Lunatic asylums Madras 1892-1911 - 1892-1911
Year: 1892
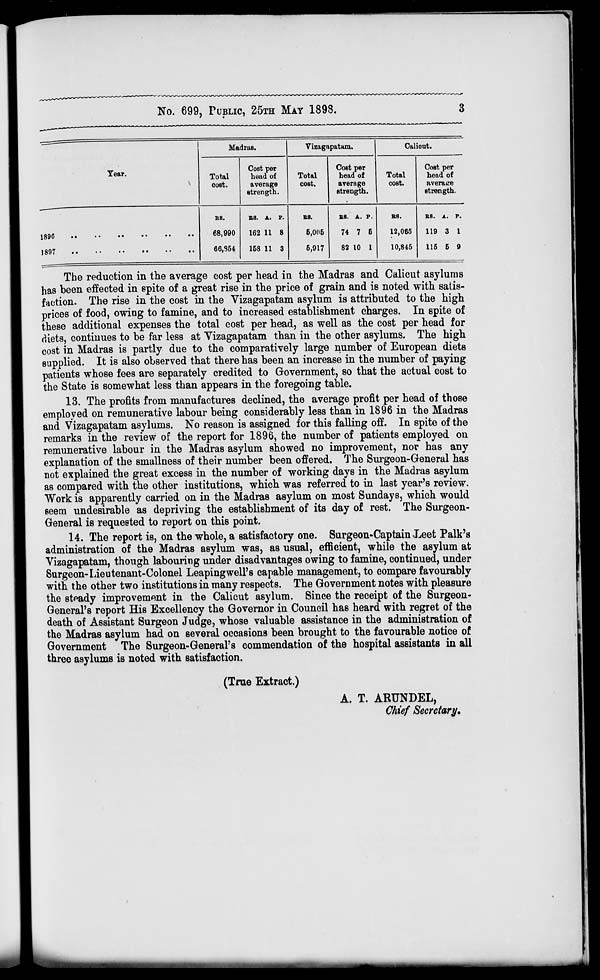
No. 699, PUBLIC, 25TH MAY 1898.
Tear.
Madras.
Total
oost.
Cost per
head of
average
strength.
Vizagapatam.
Total
cost.
Cost per
head of
average
strength.
Caliont.
Total
cost.
Cost per
head of
average
strength.
1896
1897
BB.
BB. X. V.
B8.
B8. A. F.
B3.
68,990
162 11 8
6,005
74 7 5
12,065
66,354
158 11 3
5,917
82 10 1
10,845
RS. A. r.
119 3 1
115 5 9
The reduction in the average cost per head in the Madras and Calicut asylums
has been effected in spite of a great rise in the price of grain and is noted with satis-
faction. The rise in the cost in the Vizagapatam asylum is attributed to the high
prices of food, owing to famine, and to increased establishment charges. In spite of
these additional expenses the total cost per head, as well as the cost per head for
diets, continues to be far less at Yizagapatam than in the other asylums. The high
cost in Madras is partly due to the comparatively large number of European diets
supplied. It is also observed that there has been an increase in the number of paying
patients whose fees are separately credited to Government, so that the actual cost to
the State is somewhat less than appears in the foregoing table.
13. The profits from manufactures declined, the average profit per head of those
employed on remunerative labour being considerably less than in 1896 in the Madras
and Vizagapatam asylums. No reason is assigned for this falling off. In spite of the
remarks in the review of the report for 1896, the number of patients employed on
remunerative labour in the Madras asylum showed no improvement, nor has any
explanation of the smallness of their number been offered. The Surgeon-General has
not explained the great excess in the number of working days in the Madras asylum
as compared with the other institutions, which was referred to in last year's review.
Work is apparently carried on in the Madras asylum on most Sundays, which would
seem undesirable as depriving the establishment of its day of rest. The Surgeon-
General is requested to report on this point.
14. The report is, on the whole, a satisfactory one. Surgeon-Captain Xeet Palk's
administration of the Madras asylum was, as usual, efficient, while the asylum at
Vizagapatam, though labouring under disadvantages owing to famine, continued, under
Surgeon-Lieutenant-Colonel Leapingwell's capable management, to compare favourably
with the other two institutions in many respects. The Government notes with pleasure
the steady improvement in the Calicut asylum. Since the receipt of the Surgeon-
General's report His Excellency the Governor in Council has heard with regret of the
death of Assistant Surgeon Judge, whose valuable assistance in the administration of
the Madras asylum had on several occasions been brought to the favourable notice of
Government The Surgeon-General's commendation of the hospital assistants in all
three asylums is noted with satisfaction.
(True Extract.)
A. T. ARUNDEL,
Chief Secretary,